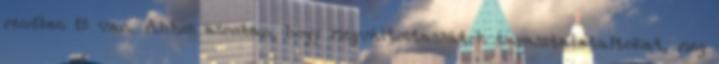
rendben is van. Ahhoz azonban, hogy megváltoztassátok tapasztalataitokat, meg